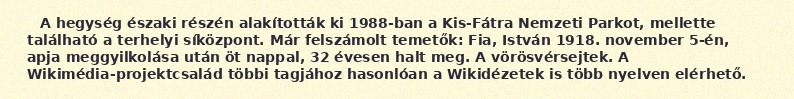
A hegység északi részén alakították ki 1988-ban a Kis-Fátra Nemzeti Parkot, mellette található a terhelyi síközpont. Már felszámolt temetők: Fia, István 1918. november 5-én, apja meggyilkolása után öt nappal, 32 évesen halt meg. A vörösvérsejtek. A Wikimédia-projektcsalád többi tagjához hasonlóan a Wikidézetek is több nyelven elérhető.